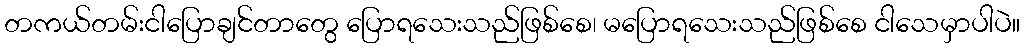
တကယ်တမ်းငါပြောချင်တာတွေ ပြောရသေးသည်ဖြစ်စေ၊ မပြောရသေးသည်ဖြစ်စေ ငါသေမှာပါပဲ။